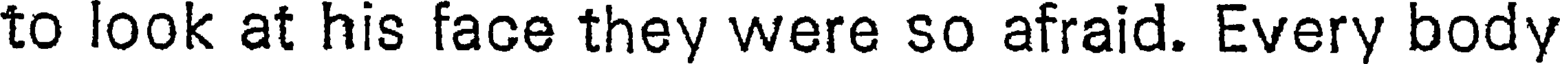
to look at his face they were so afraid. Every body